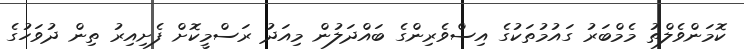
ކޮމަންވެލްތު މެމްބަރު ގައުމުތަކުގެ އިސްވެރިންގެ ބައްދަލުން މިއަދު ރަސްމީކޮށް ފެށިއިރު ތިން ދުވަހުގެ